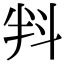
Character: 㪵